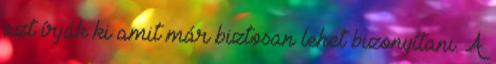
azt írják ki amit már biztosan lehet bizonyítani. A